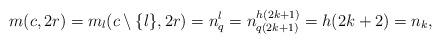
LaTeX: \begin{align*}m(c,2r)=m_l(c\setminus\{l\},2r)=n^l_q=n^{h(2k+1)}_{q(2k+1)}=h(2k+2)=n_k,\end{align*}